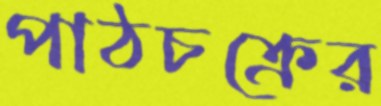
পাঠচক্রের